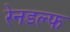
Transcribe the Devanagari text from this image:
रेनडल्फ